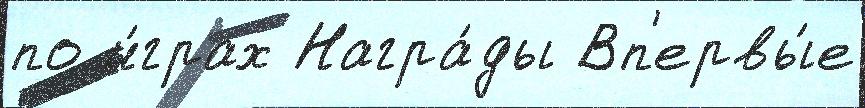
по и́грах Награ́ды Вп'ервы́е